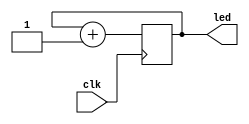
module top (
    input  wire       clk,
    output wire [3:0] led
);

  reg [3:0] cnt;
  initial cnt <= 0;

  always @(posedge clk) cnt <= cnt + 1;

  assign led = cnt;

endmodule